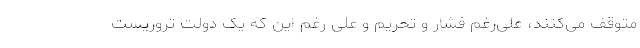
متوقف می‌کنند، علی‌رغم فشار و تحریم و علی رغم این که یک دولت تروریست